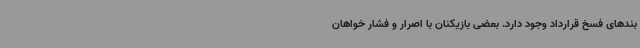
بندهای فسخ قرارداد وجود دارد. بعضی بازیکنان با اصرار و فشار خواهان